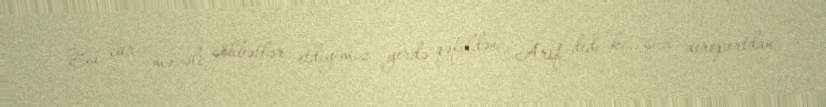
Bu cür məzəli söhbətlər etdiyimiz yerdə qəfildən Arif dedi ki, sizi aeroportdan